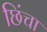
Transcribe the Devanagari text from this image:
छिंचा